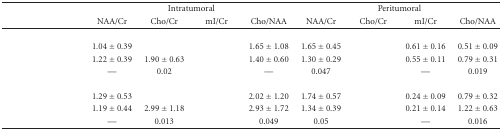
<table><thead><tr><td>[EMPTY_CELL]</td><td colspan="4"><b>Intratumoral</b></td><td colspan="4"><b>Peritumoral</b></td></tr><tr><td>[EMPTY_CELL]</td><td><b>NAA/Cr</b></td><td><b>Cho/Cr</b></td><td><b>mI/Cr</b></td><td><b>Cho/NAA</b></td><td><b>NAA/Cr</b></td><td><b>Cho/Cr</b></td><td><b>mI/Cr</b></td><td><b>Cho/NAA</b></td></tr></thead><tbody><tr><td>[EMPTY_CELL]</td><td>[EMPTY_CELL]</td><td>[EMPTY_CELL]</td><td>[EMPTY_CELL]</td><td>[EMPTY_CELL]</td><td>[EMPTY_CELL]</td><td>[EMPTY_CELL]</td><td>[EMPTY_CELL]</td><td>[EMPTY_CELL]</td></tr><tr><td>[EMPTY_CELL]</td><td>1.04 ± 0.39</td><td>[EMPTY_CELL]</td><td>[EMPTY_CELL]</td><td>1.65 ± 1.08</td><td>1.65 ± 0.45</td><td>[EMPTY_CELL]</td><td>0.61 ± 0.16</td><td>0.51 ± 0.09</td></tr><tr><td>[EMPTY_CELL]</td><td>1.22 ± 0.39</td><td>1.90 ± 0.63</td><td>[EMPTY_CELL]</td><td>1.40 ± 0.60</td><td>1.30 ± 0.29</td><td>[EMPTY_CELL]</td><td>0.55 ± 0.11</td><td>0.79 ± 0.31</td></tr><tr><td>[EMPTY_CELL]</td><td>—</td><td>0.02</td><td>[EMPTY_CELL]</td><td>—</td><td>0.047</td><td>[EMPTY_CELL]</td><td>—</td><td>0.019</td></tr><tr><td>[EMPTY_CELL]</td><td>[EMPTY_CELL]</td><td>[EMPTY_CELL]</td><td>[EMPTY_CELL]</td><td>[EMPTY_CELL]</td><td>[EMPTY_CELL]</td><td>[EMPTY_CELL]</td><td>[EMPTY_CELL]</td><td>[EMPTY_CELL]</td></tr><tr><td>[EMPTY_CELL]</td><td>1.29 ± 0.53</td><td>[EMPTY_CELL]</td><td>[EMPTY_CELL]</td><td>2.02 ± 1.20</td><td>1.74 ± 0.57</td><td>[EMPTY_CELL]</td><td>0.24 ± 0.09</td><td>0.79 ± 0.32</td></tr><tr><td>[EMPTY_CELL]</td><td>1.19 ± 0.44</td><td>2.99 ± 1.18</td><td>[EMPTY_CELL]</td><td>2.93 ± 1.72</td><td>1.34 ± 0.39</td><td>[EMPTY_CELL]</td><td>0.21 ± 0.14</td><td>1.22 ± 0.63</td></tr><tr><td>[EMPTY_CELL]</td><td>—</td><td>0.013</td><td>[EMPTY_CELL]</td><td>0.049</td><td>0.05</td><td>[EMPTY_CELL]</td><td>—</td><td>0.016</td></tr></tbody></table>